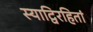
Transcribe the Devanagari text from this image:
स्याद्विरहितां